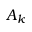
A _ { k }